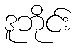
ဒူဘိုင်း